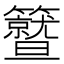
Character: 𥷛